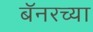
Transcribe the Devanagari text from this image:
बॅनरच्या